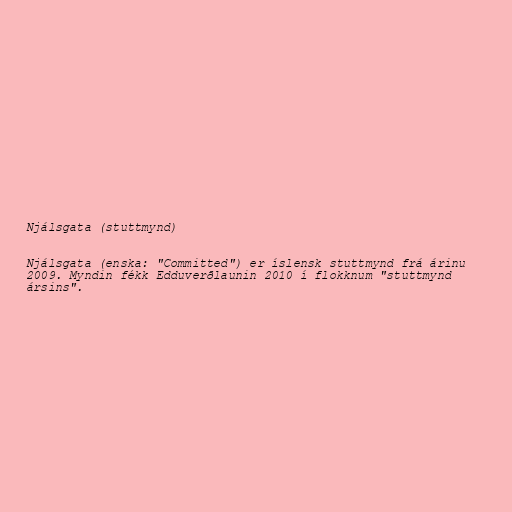
Njálsgata (stuttmynd)

Njálsgata (enska: "Committed") er íslensk stuttmynd frá árinu
2009. Myndin fékk Edduverðlaunin 2010 í flokknum "stuttmynd
ársins".